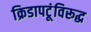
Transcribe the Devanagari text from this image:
क्रिडापटूंविरूद्ध